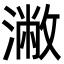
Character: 潎